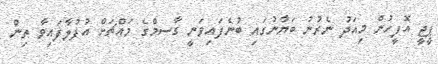
ޕީޖީ އޮފީހުން މިއަދު ނެރުނު ބަޔާނުގައި ބުނެފައިވަނީ ގާސމްގެ މައްޗަށް އުފުލާފައިވާ ތިން